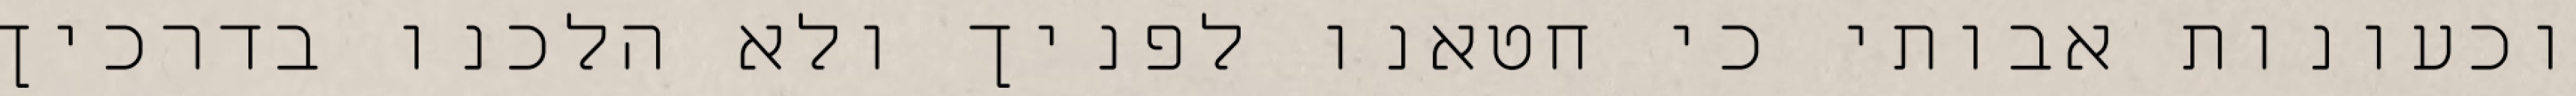
וכעונות אבותי כי חטאנו לפניך ולא הלכנו בדרכיך